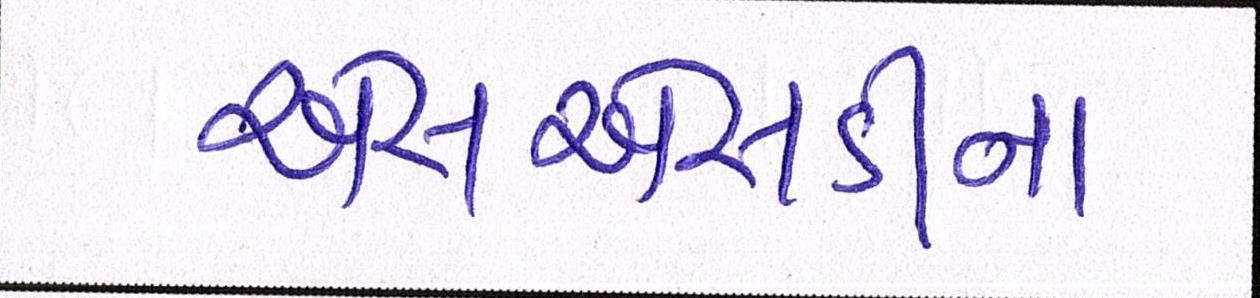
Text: એસએસડીના